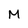
Character: M